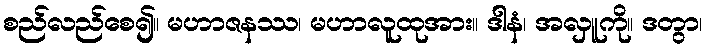
စည်လည်စေ၍။ မဟာဇနဿ၊ မဟာလူထုအား။ ဒါနံ၊ အလှူကို။ ဒတွာ၊